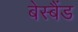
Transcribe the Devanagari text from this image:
बेस्बैंड